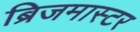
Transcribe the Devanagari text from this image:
ब्रिजमास्टर